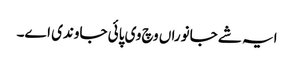
ایہ شے جانوراں وچ وی پائی جاوندی اے۔